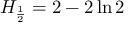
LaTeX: H _ { \frac { 1 } { 2 } } = 2 - 2 \ln { 2 }